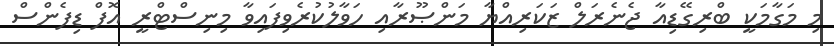
މި މަގާމަކީ ބްރިގޭޑިއާ ޖެނެރަލް ޒަކަރިއްޔާ މަންޞޫރާއި ހަވާލުކުރެވިފައިވާ މިނިސްޓްރީ އޮފް ޑިފެންސް